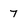
Character: 7